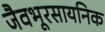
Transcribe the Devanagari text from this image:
जैवभूरसायनिक